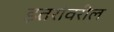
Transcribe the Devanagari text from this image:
इतरांवरील